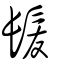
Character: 髪